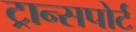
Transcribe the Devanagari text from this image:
ट्रान्‍सपोर्ट